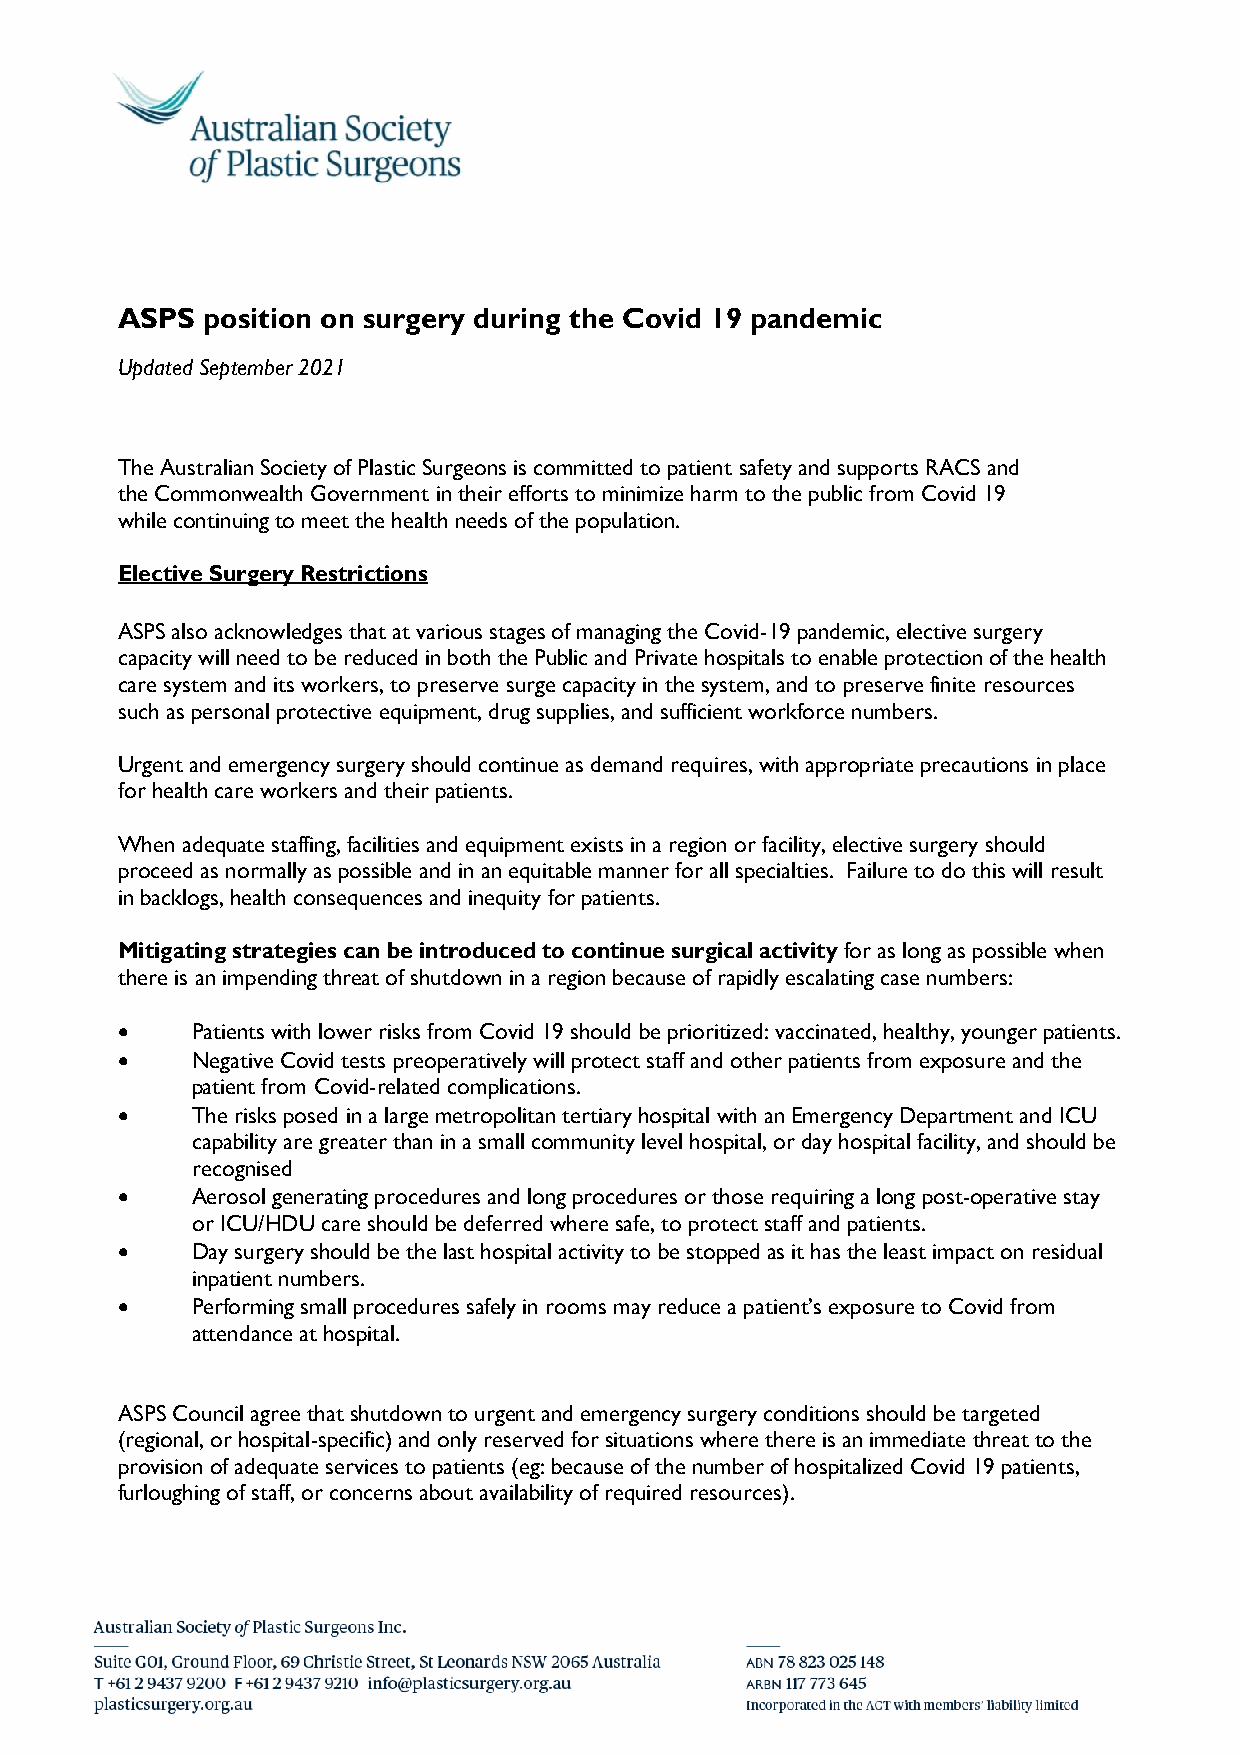
ASPS position on surgery during the Covid 19 pandemic
 Updated September 2021
 The Australian Society of Plastic Surgeons is committed to patient safety and supports RACS and
 the Commonwealth Government in their efforts to minimize harm to the public from Covid 19
 while continuing to meet the health needs of the population.
 Elective Surgery Restrictions
 ASPS also acknowledges that at various stages of managing the Covid-19 pandemic, elective surgery
 capacity will need to be reduced in both the Public and Private hospitals to enable protection of the health
 care system and its workers, to preserve surge capacity in the system, and to preserve finite resources
 such as personal protective equipment, drug supplies, and sufficient workforce numbers.
 Urgent and emergency surgery should continue as demand requires, with appropriate precautions in place
 for health care workers and their patients.
 When adequate staffing, facilities and equipment exists in a region or facility, elective surgery should
 proceed as normally as possible and in an equitable manner for all specialties. Failure to do this will result
 in backlogs, health consequences and inequity for patients.
 Mitigating strategies can be introduced to continue surgical activity for as long as possible when
 there is an impending threat of shutdown in a region because of rapidly escalating case numbers:
     Patients with lower risks from Covid 19 should be prioritized: vaccinated, healthy, younger patients.
     Negative Covid tests preoperatively will protect staff and other patients from exposure and the
 patient from Covid-related complications.
     The risks posed in a large metropolitan tertiary hospital with an Emergency Department and ICU
 capability are greater than in a small community level hospital, or day hospital facility, and should be
 recognised
     Aerosol generating procedures and long procedures or those requiring a long post-operative stay
 or ICU/HDU care should be deferred where safe, to protect staff and patients.
     Day surgery should be the last hospital activity to be stopped as it has the least impact on residual
 inpatient numbers.
     Performing small procedures safely in rooms may reduce a patient’s exposure to Covid from
 attendance at hospital.
 ASPS Council agree that shutdown to urgent and emergency surgery conditions should be targeted
 (regional, or hospital-specific) and only reserved for situations where there is an immediate threat to the
 provision of adequate services to patients (eg: because of the number of hospitalized Covid 19 patients,
 furloughing of staff, or concerns about availability of required resources).